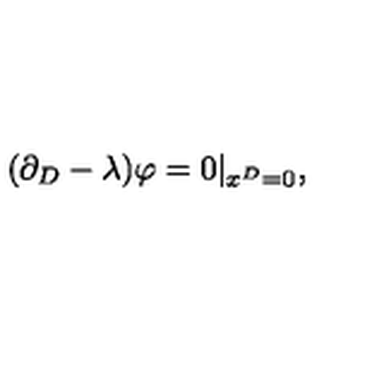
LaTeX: ( \partial _ { D } - \lambda ) \varphi = 0 | _ { x ^ { D } = 0 } ,